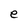
Character: e